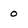
Character: 0